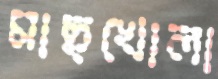
মাছখোলা